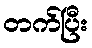
တက်ပြီး